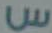
س